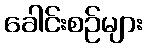
ခေါင်းစဉ်များ